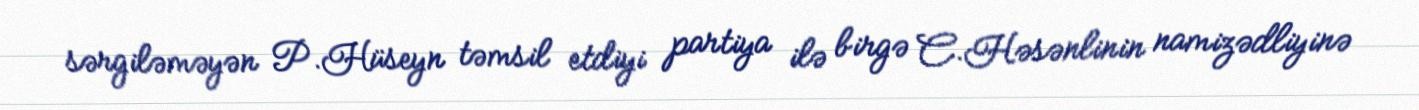
sərgiləməyən P.Hüseyn təmsil etdiyi partiya ilə birgə C.Həsənlinin namizədliyinə